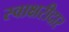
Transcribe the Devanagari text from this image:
स्वाक्षरीदार